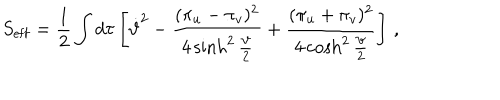
S _ { { \mathrm { e f f } } } = \frac 1 2 \int d \tau \left[ \dot { \vartheta } ^ { 2 } - \frac { ( \pi _ { u } - \pi _ { v } ) ^ { 2 } } { 4 \sinh ^ { 2 } \frac { \vartheta } { 2 } } + \frac { ( \pi _ { u } + \pi _ { v } ) ^ { 2 } } { 4 \cosh ^ { 2 } \frac { \vartheta } { 2 } } \right] \, ,